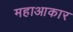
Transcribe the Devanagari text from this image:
महाआकार